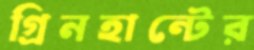
গ্রিনহান্টের